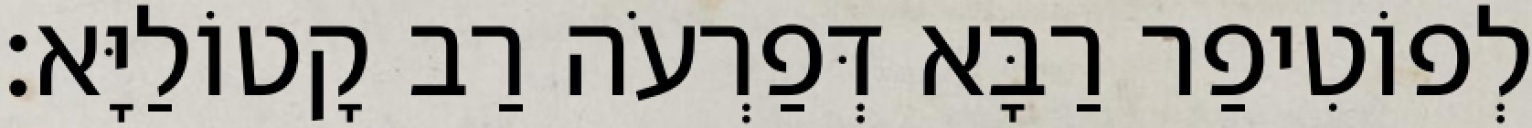
לְפוֹטִיפַר רַבָּא דְּפַרְעֹה רַב קָטוֹלַיָּא׃